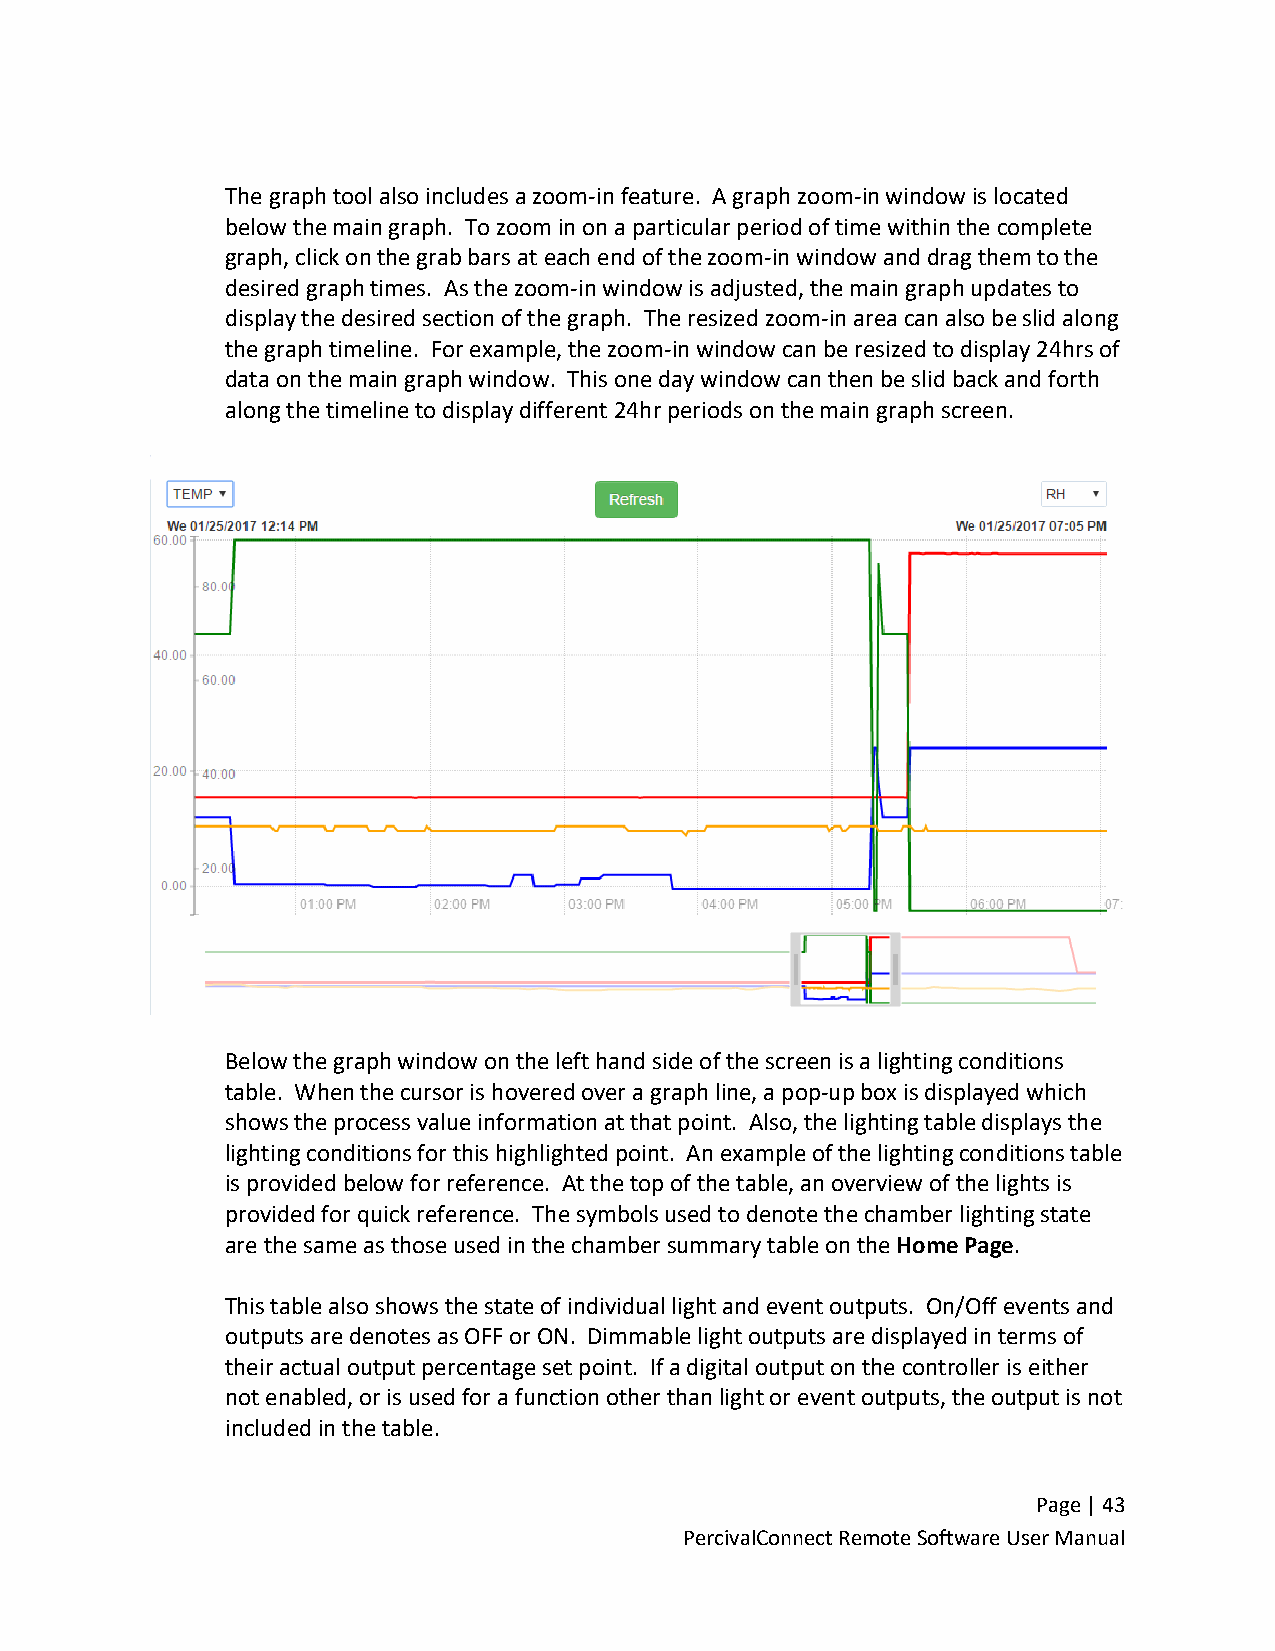
The graph tool also includes a zoom-in feature. A graph zoom-in window is located
 below the main graph. To zoom in on a particular period of time within the complete
 graph, click on the grab bars at each end of the zoom-in window and drag them to the
 desired graph times. As the zoom-in window is adjusted, the main graph updates to
 display the desired section of the graph. The resized zoom-in area can also be slid along
 the graph timeline. For example, the zoom-in window can be resized to display 24hrs of
 data on the main graph window. This one day window can then be slid back and forth
 along the timeline to display different 24hr periods on the main graph screen.
 Below the graph window on the left hand side of the screen is a lighting conditions
 table. When the cursor is hovered over a graph line, a pop-up box is displayed which
 shows the process value information at that point. Also, the lighting table displays the
 lighting conditions for this highlighted point. An example of the lighting conditions table
 is provided below for reference. At the top of the table, an overview of the lights is
 provided for quick reference. The symbols used to denote the chamber lighting state
 are the same as those used in the chamber summary table on the Home Page.
 This table also shows the state of individual light and event outputs. On/Off events and
 outputs are denotes as OFF or ON. Dimmable light outputs are displayed in terms of
 their actual output percentage set point. If a digital output on the controller is either
 not enabled, or is used for a function other than light or event outputs, the output is not
 included in the table.
 Page | 43
 PercivalConnect Remote Software User Manual